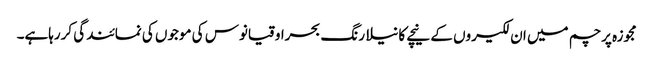
مجوزہ پرچم میں ان لکیروں کے نیچے کا نیلا رنگ بحراوقیانوس کی موجوں کی نمائندگی کررہاہے۔